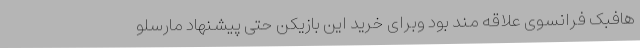
هافبک فرانسوی علاقه مند بود وبرای خرید این بازیکن حتی پیشنهاد مارسلو